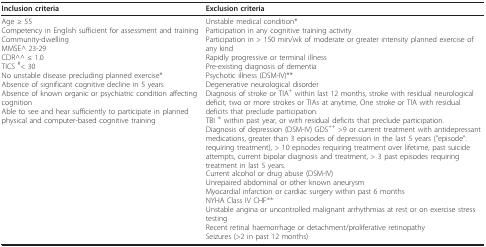
<table><thead><tr><td><b>Inclusion criteria</b></td><td><b>Exclusion criteria</b></td></tr></thead><tbody><tr><td>Age ≥ 55Competency in English sufficient for assessment and trainingCommunity-dwellingMMSE^ 23-29CDR^^ ≤ 1.0TICS <sup>#</sup>&lt; 30No unstable disease precluding planned exercise*Absence of significant cognitive decline in 5 yearsAbsence of known organic or psychiatric condition affecting cognitionAble to see and hear sufficiently to participate in planned physical and computer-based cognitive training</td><td>Unstable medical condition*Participation in any cognitive training activityParticipation in &gt; 150 min/wk of moderate or greater intensity planned exercise of any kindRapidly progressive or terminal illnessPre-existing diagnosis of dementiaPsychotic illness (DSM-IV)**Degenerative neurological disorderDiagnosis of stroke or TIA<sup>+ </sup>within last 12 months, stroke with residual neurological deficit, two or more strokes or TIAs at anytime, One stroke or TIA with residual deficits that preclude participation.TBI <sup>± </sup>within past year, or with residual deficits that preclude participation.Diagnosis of depression (DSM-IV) GDS<sup>++ </sup>&gt;9 or current treatment with antidepressant medications, greater than 3 episodes of depression in the last 5 years ("episode": requiring treatment), &gt; 10 episodes requiring treatment over lifetime, past suicide attempts, current bipolar diagnosis and treatment, &gt; 3 past episodes requiring treatment in last 5 years.Current alcohol or drug abuse (DSM-IV)Unrepaired abdominal or other known aneurysmMyocardial infarction or cardiac surgery within past 6 monthsNYHA Class IV CHF<sup>±±</sup>Unstable angina or uncontrolled malignant arrhythmias at rest or on exercise stress testingRecent retinal haemorrhage or detachment/proliferative retinopathySeizures (&gt;2 in past 12 months)</td></tr></tbody></table>